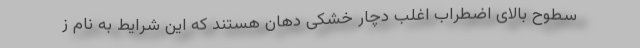
سطوح بالای اضطراب اغلب دچار خشکی دهان هستند که این شرایط به نام ز